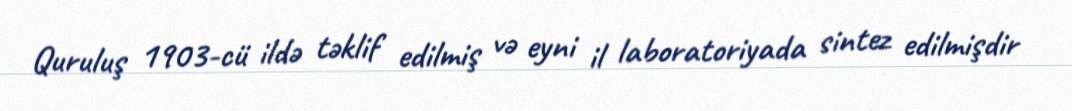
Quruluş 1903-cü ildə təklif edilmiş və eyni il laboratoriyada sintez edilmişdir